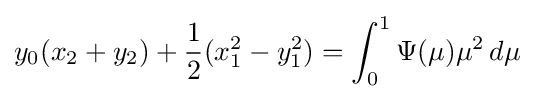
y_{0}(x_{2}+y_{2})+{\frac {1}{2}}(x_{1}^{2}-y_{1}^{2})=\int _{0}^{1}\Psi (\mu )\mu ^{2}\,d\mu